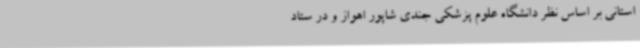
استانی بر اساس نظر دانشگاه علوم پزشکی جندی شاپور اهواز و در ستاد